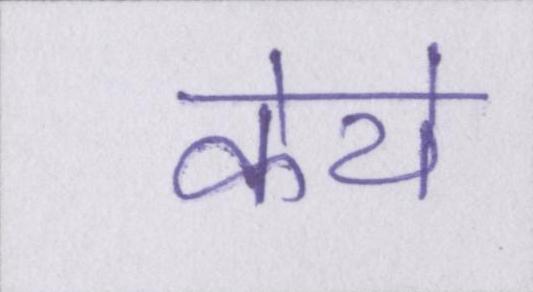
केये